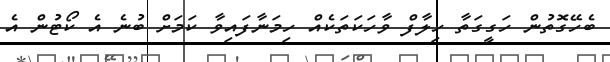
ބެހޭގޮތުން ހަގީގަތާ ހިލާފް ވާހަކަތަކެއް ހިމަނާފައިވާ ކަމަށް ބުނެ އެ ކޯޓުން އެ